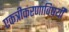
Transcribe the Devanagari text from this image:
एकत्रीकरणाविषयी